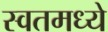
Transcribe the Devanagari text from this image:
स्वतमध्ये